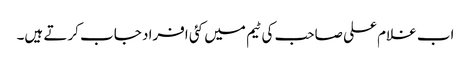
اب غلام علی صاحب کی ٹیم میں کئی افراد جاب کرتے ہیں۔